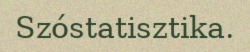
Szóstatisztika.